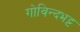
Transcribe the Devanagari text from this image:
गोविन्दभट्ट